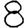
Digit: 8